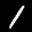
Label: 1